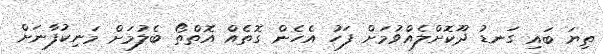
ތިޔަ ބައި ގަނޑު ދޫކޮށްލެއްވުމަށް ފަހު އެހެން ގޮތެއް އޮތްތޯ ބެލުމަށް މަނިކުފާނަށް